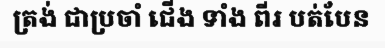
ត្រង់ ជាប្រចាំ ជើង ទាំង ពីរ បត់បែន